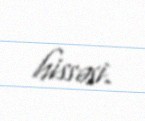
hissəsi.